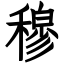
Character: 穆